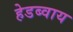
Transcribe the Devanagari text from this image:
हेडब्वाय